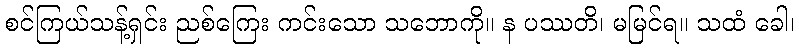
စင်ကြယ်သန့်ရှင်း ညစ်ကြေး ကင်းသော သဘောကို။ န ပဿတိ၊ မမြင်ရ။ သထံ ခေါ၊